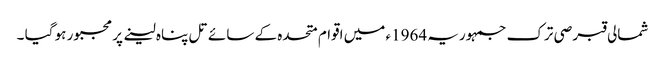
شمالی قبرصی ترک جمہوریہ 1964ء میں اقوام متحدہ کے سائے تل پناہ لینے پر مجبور ہو گیا ۔